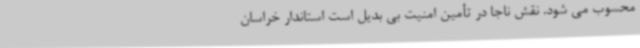
محسوب می شود. نقش ناجا در تأمین امنیت بی بدیل است استاندار خراسان